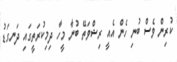
ކުރިން ވެސް ބުނި ހެން އެއީ ރިޝްވަތޭ ބުނާ މީހާ ދިމިކުރަތީގައި ދަނގަޑު